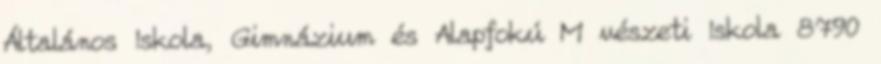
Általános Iskola, Gimnázium és Alapfokú M vészeti Iskola 8790